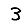
Digit: 3